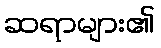
ဆရာများ၏